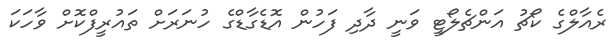
ރެއާލްގެ ކޯޗު އަންޗެލޯޓީ ވަނީ ދާދި ފަހުން އޮޑެގާޑްގެ ހުނަރަށް ތައުރީފްކޮށް ވާހަކަ